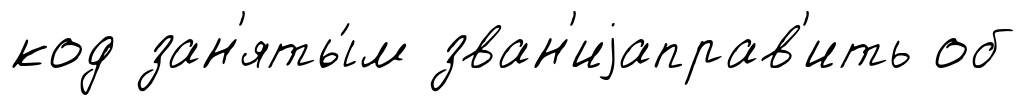
код зан'яты́м зван'иjаправ'ить об